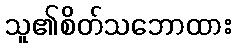
သူ၏စိတ်သဘောထား